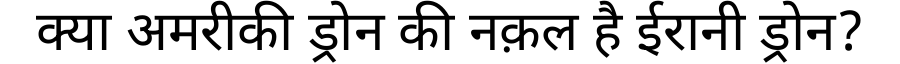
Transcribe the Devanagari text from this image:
क्या अमरीकी ड्रोन की नक़ल है ईरानी ड्रोन?